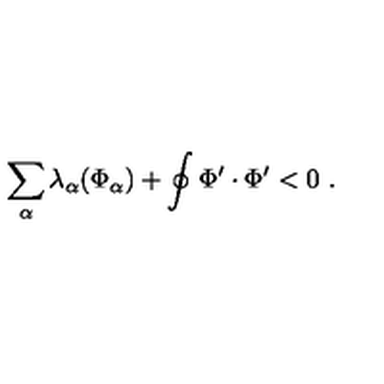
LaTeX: \sum _ { \alpha } \lambda _ { \alpha } ( \Phi _ { \alpha } ) + \oint \Phi ^ { \prime } \cdot \Phi ^ { \prime } < 0 \ .